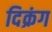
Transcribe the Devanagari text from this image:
दिक्रंग